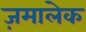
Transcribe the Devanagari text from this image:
ज़मालेक